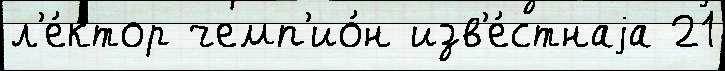
л'е́ктор чемп'ио́н изв'е́стнаjа 21